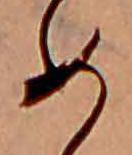
め